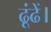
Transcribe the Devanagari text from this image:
ढूंढें।